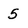
Character: 5